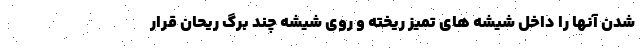
شدن آنها را داخل شیشه های تمیز ریخته و روی شیشه چند برگ ریحان قرار